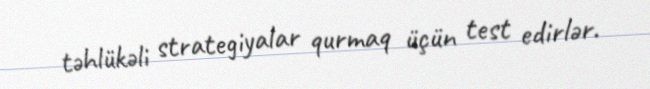
təhlükəli strategiyalar qurmaq üçün test edirlər.